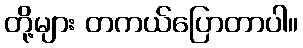
တို့များ တကယ်ပြောတာပါ။